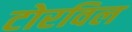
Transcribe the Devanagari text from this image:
टोरविल